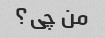
من چی؟